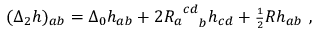
( { \Delta } _ { 2 } h ) _ { a b } = { \Delta } _ { 0 } h _ { a b } + 2 { { R _ { a } } ^ { c d } } _ { b } h _ { c d } + { \scriptstyle { \frac { 1 } { 2 } } } R h _ { a b } \ ,